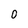
Character: 0